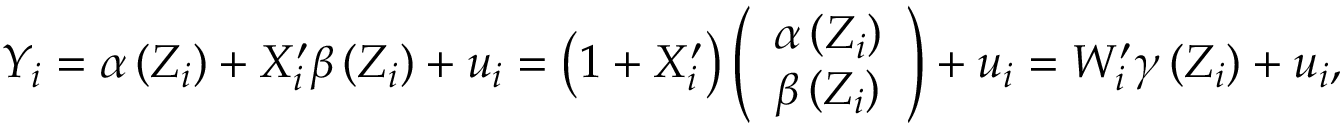
Y _ { i } = \alpha \left( Z _ { i } \right) + X _ { i } ^ { \prime } \beta \left( Z _ { i } \right) + u _ { i } = \left( 1 + X _ { i } ^ { \prime } \right) \left( { \begin{array} { c } { \alpha \left( Z _ { i } \right) } \\ { \beta \left( Z _ { i } \right) } \end{array} } \right) + u _ { i } = W _ { i } ^ { \prime } \gamma \left( Z _ { i } \right) + u _ { i } ,